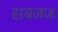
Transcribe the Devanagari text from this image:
सबजज